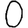
Digit: 0